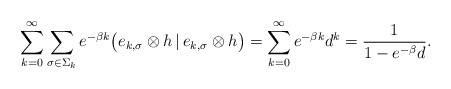
\begin{align*}\sum_{k=0}^\infty\sum_{\sigma\in\Sigma_k}e^{-\beta k}\big(e_{k,\sigma}\otimes h\,|\,e_{k,\sigma}\otimes h\big)=\sum_{k=0}^\infty e^{-\beta k}d^k=\frac{1}{1-e^{-\beta}d}.\end{align*}